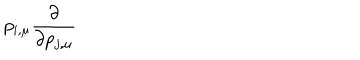
LaTeX: p _ { i , \mu } \frac { \partial } { \partial p _ { j , \mu } }